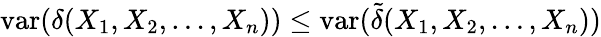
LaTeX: \operatorname{var}(\delta(X_{1},X_{2},\ldots,X_{n}))\leq\operatorname{var}({\tilde{\delta}}(X_{1},X_{2},\ldots,X_{n}))